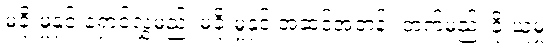
မခိုးမှုနှင့် ရှောင်လွှဲမည်၊ မခိုးမှုနှင့် အဆင့်အတန်း တက်မည်၊ ခိုးယူမှု